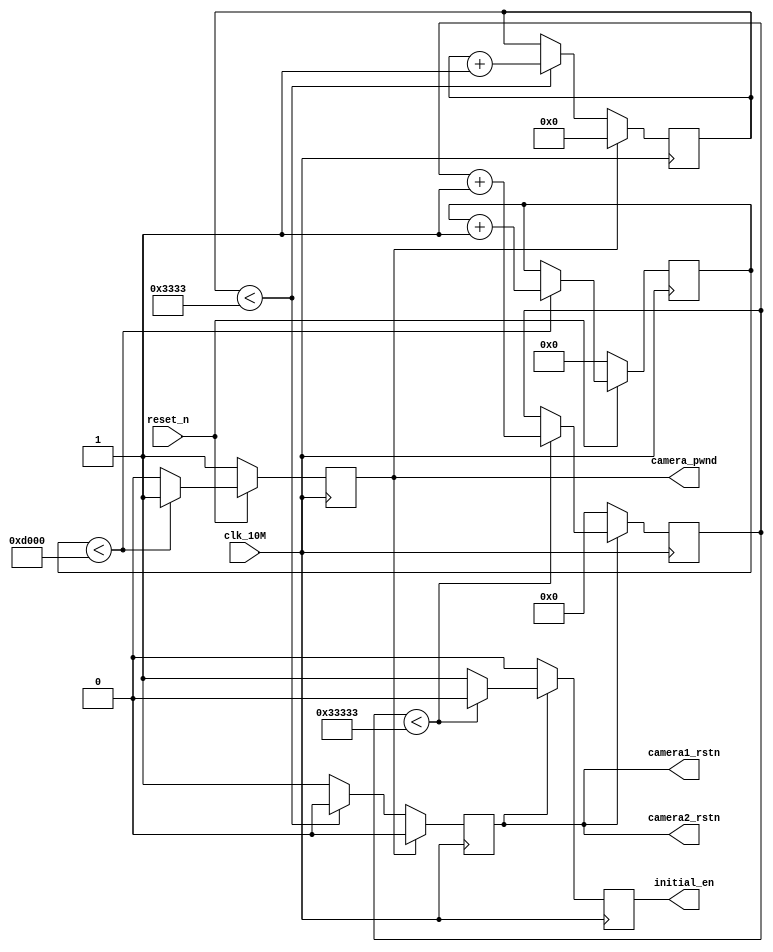
`timescale 1ns / 1ps
//////////////////////////////////////////////////////////////////////////////////
// Company:Meyesemi 
// 
// Design Name:  
// Module Name: 
// Project Name: 
// Target Devices: Pango
// Tool Versions: 
// Description: 
//      
// Dependencies: 
// 
// Revision:
// Revision 1.0 - File Created
// Additional Comments:
// 
//////////////////////////////////////////////////////////////////////////////////
//camera power on timing requirement
module power_on_delay(                  
    input  clk_10M        ,
    input  reset_n        ,
    output camera1_rstn   ,
    output camera2_rstn   ,
    output camera_pwnd    ,
    output reg initial_en
);
reg [15:0]cnt1;
reg [13:0]cnt2;
reg [17:0]cnt3;
reg camera_rstn_reg;
reg camera_pwnd_reg;

assign camera1_rstn=camera_rstn_reg;
assign camera2_rstn=camera_rstn_reg;
assign camera_pwnd=camera_pwnd_reg;

//5ms, delay from sensor power up stable to Pwdn pull down
always@(posedge clk_10M)begin
  if(reset_n==1'b0) begin
	    cnt1<=0;
		camera_pwnd_reg<=1'b1;// 1'b1 
  end
  else if(cnt1<16'hd000) begin
       cnt1<=cnt1+1'b1;
       camera_pwnd_reg<=1'b1;
  end
  else
     camera_pwnd_reg<=1'b0;         
end

//1.3ms, delay from pwdn low to resetb pull up
always@(posedge clk_10M)begin
  if(camera_pwnd_reg==1)  begin
	 cnt2<=0;
     camera_rstn_reg<=1'b0;  
  end
  else if(cnt2<14'h3333) begin
       cnt2<=cnt2+1'b1;
       camera_rstn_reg<=1'b0;
  end
  else
     camera_rstn_reg<=1'b1;         
end

//21ms, delay from resetb pul high to SCCB initialization
always@(posedge clk_10M)begin
  if(camera_rstn_reg==0) begin
         cnt3<=0;
         initial_en<=1'b0;
  end
  else if(cnt3<18'h33333) begin
        cnt3<=cnt3+1'b1;
        initial_en<=1'b0;
  end
  else begin
       initial_en<=1'b1;
  end
end

endmodule